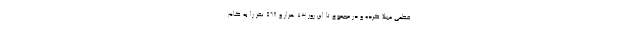
قطعی مبتلا کرده و در مجموع تا این روز ۷۳ هزار و ۵۶۸ نفر را به کام